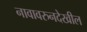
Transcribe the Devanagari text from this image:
नावावरुनदेखील